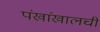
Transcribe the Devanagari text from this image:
पंखांखालची